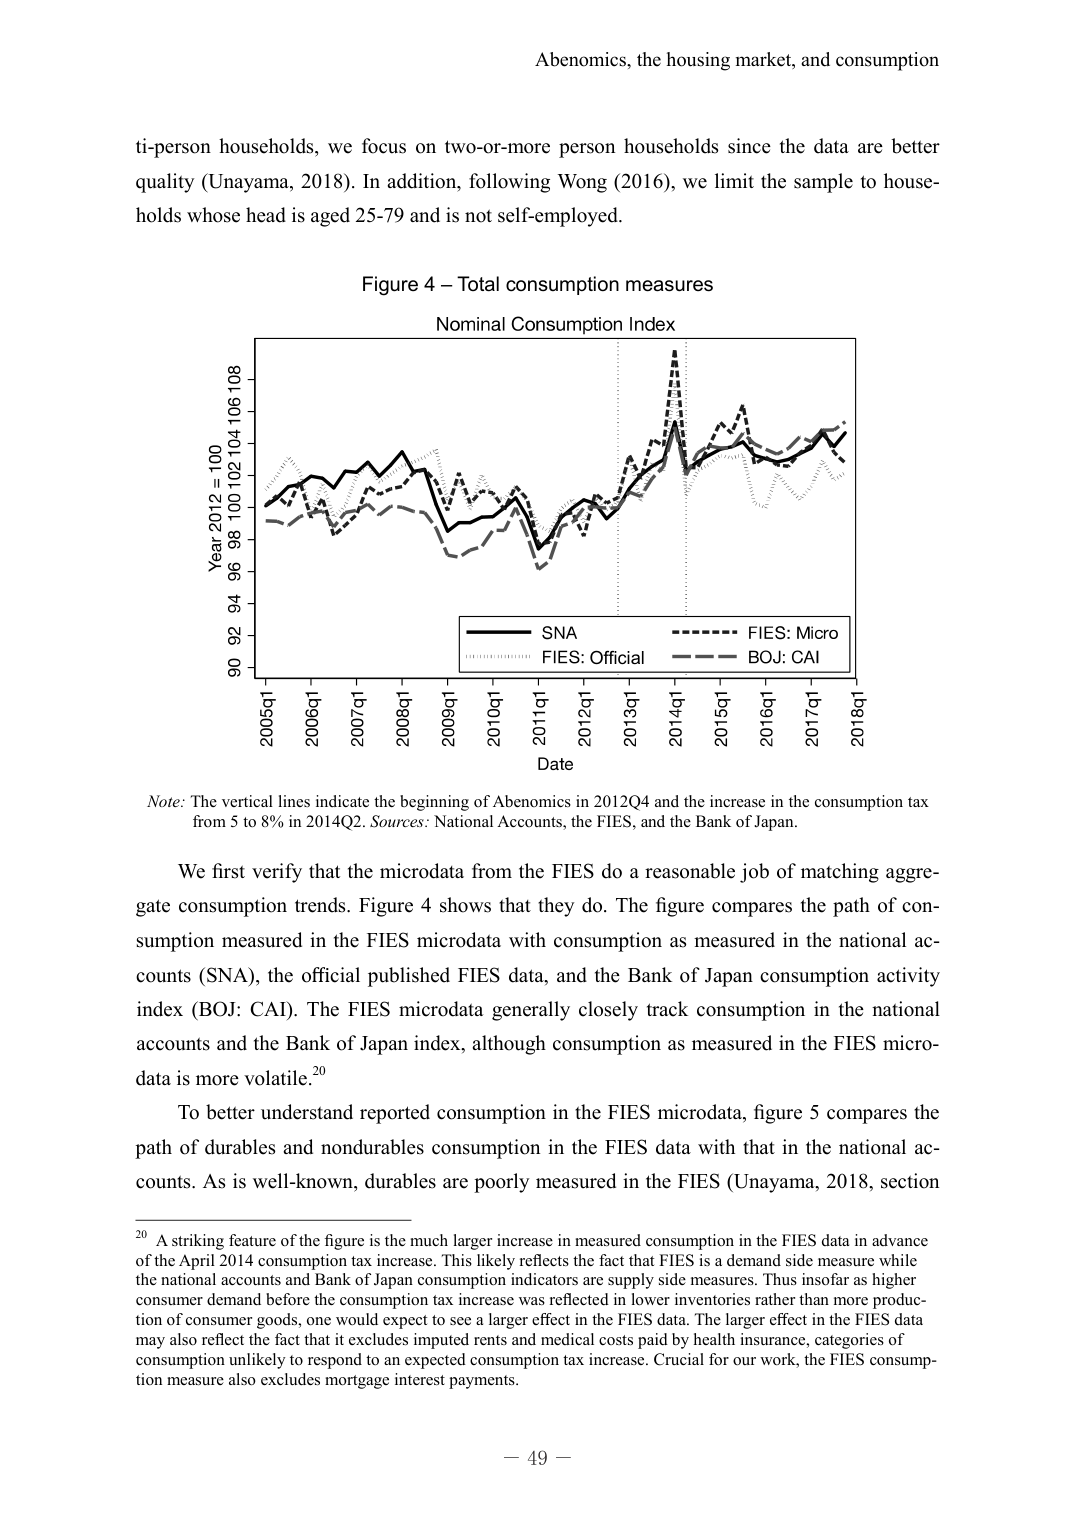
Abenomics, the housing market, and consumption

ti-person households, we focus on two-or-more person households since the data are better quality (Unayama, 2018). In addition, following Wong (2016), we limit the sample to households whose head is aged 25-79 and is not self-employed.

Figure 4 – Total consumption measures
Nominal Consumption Index

Year 2012 = 100
90 92 94 96 98 100 102 104 106 108

2005q1 2006q1 2007q1 2008q1 2009q1 2010q1 2011q1 2012q1 2013q1 2014q1 2015q1 2016q1 2017q1 2018q1
Date

SNA
FIES: Micro
FIES: Official
BOJ: CAI

Note: The vertical lines indicate the beginning of Abenomics in 2012Q4 and the increase in the consumption tax from 5 to 8% in 2014Q2. Sources: National Accounts, the FIES, and the Bank of Japan.

We first verify that the microdata from the FIES do a reasonable job of matching aggregate consumption trends. Figure 4 shows that they do. The figure compares the path of consumption measured in the FIES microdata with consumption as measured in the national accounts (SNA), the official published FIES data, and the Bank of Japan consumption activity index (BOJ: CAI). The FIES microdata generally closely track consumption in the national accounts and the Bank of Japan index, although consumption as measured in the FIES microdata is more volatile.²⁰

To better understand reported consumption in the FIES microdata, figure 5 compares the path of durables and nondurables consumption in the FIES data with that in the national accounts. As is well-known, durables are poorly measured in the FIES (Unayama, 2018, section

²⁰ A striking feature of the figure is the much larger increase in measured consumption in the FIES data in advance of the April 2014 consumption tax increase. This likely reflects the fact that FIES is a demand side measure while the national accounts and Bank of Japan consumption indicators are supply side measures. Thus insofar as higher consumer demand before the consumption tax increase was reflected in lower inventories rather than more production of consumer goods, one would expect to see a larger effect in the FIES data. The larger effect in the FIES data may also reflect the fact that it excludes imputed rents and medical costs paid by health insurance, categories of consumption unlikely to respond to an expected consumption tax increase. Crucial for our work, the FIES consumption measure also excludes mortgage interest payments.

– 49 –